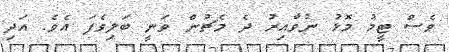
ވެސް ޓީމު މޮޅު ނުވާއިރު ދެ މެޗުން ވަނީ ބަލިވެފަ އެވެ. އަދި